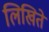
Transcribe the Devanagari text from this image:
लिखिते